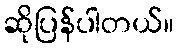
ဆိုပြန်ပါတယ်။